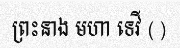
ព្រះនាង មហា ទេវី ( )